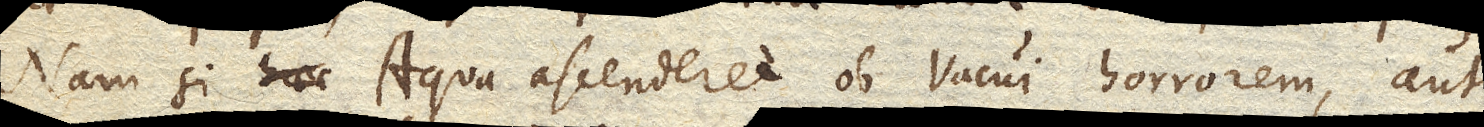
Nam si haec Aqua ascenderet ob Vacui horrorem, aut